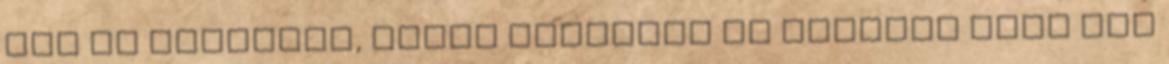
túl is olvasnak, akkor támogasd az Indexet Tudj meg